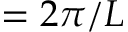
= 2 \pi / L